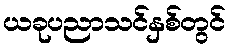
ယခုပညာသင်နှစ်တွင်